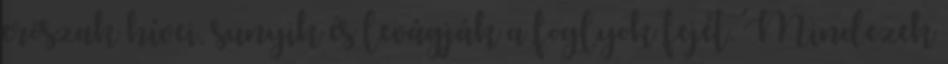
erőszak hívei, sunyik és levágják a foglyok fejét. Mindezek